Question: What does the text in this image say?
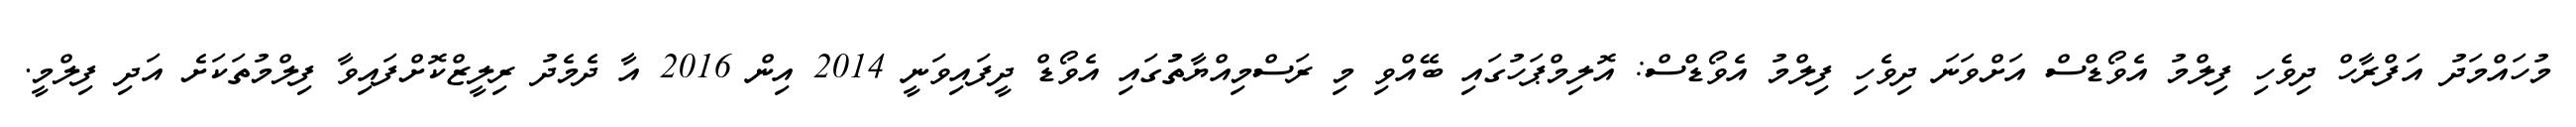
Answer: މުހައްމަދު އަފްރާހް ދިވެހި ފިލްމު އެވޯޑްސް އަށްވަނަ ދިވެހި ފިލްމު އެވޯޑްސް: އޮލިމްޕަހުގައި ބޭއްވި މި ރަސްމިއްޔާތުުގައި އެވޯޑް ދީފައިވަނީ 2014 އިން 2016 އާ ދެމެދު ރިލީޒްކޮށްފައިވާ ފިލްމުތަކަށެ އަދި ފިލްމީ.